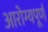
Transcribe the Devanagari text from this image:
आरोग्यपूर्ण